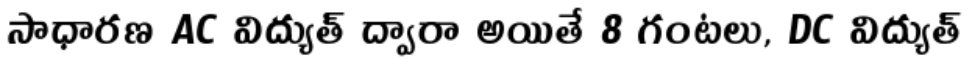
సాధారణ AC విద్యుత్ ద్వారా అయితే 8 గంటలు, DC విద్యుత్